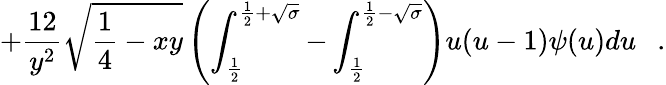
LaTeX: +{\frac{12}{y^{2}}}\sqrt{{\frac{1}{4}}-xy}\left(\int_{\frac 12}^{\frac 12+\sqrt{\sigma}}-\int_{\frac 12}^{\frac 12-\sqrt{\sigma}}\right)u(u-1)\psi(u)du~~~.